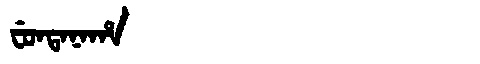
Manchu: ᠸᡠᠨᡨᠠᠨᠠᡥᠠ
Romanization: FUNTANAHA